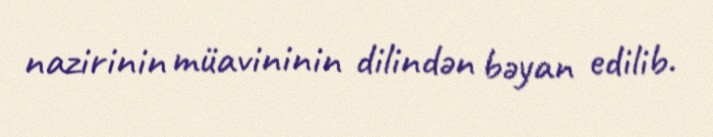
nazirinin müavininin dilindən bəyan edilib.